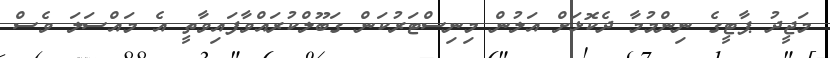
މަޖީދު ޕާޓީގެ ނިންމުމާ ދެކޮޅަށް އަލުން މިނިސްޓަރުކަން ގަބޫލްކުރައްވާފައިވާތީ އެ މައްސަލަ ވެސް